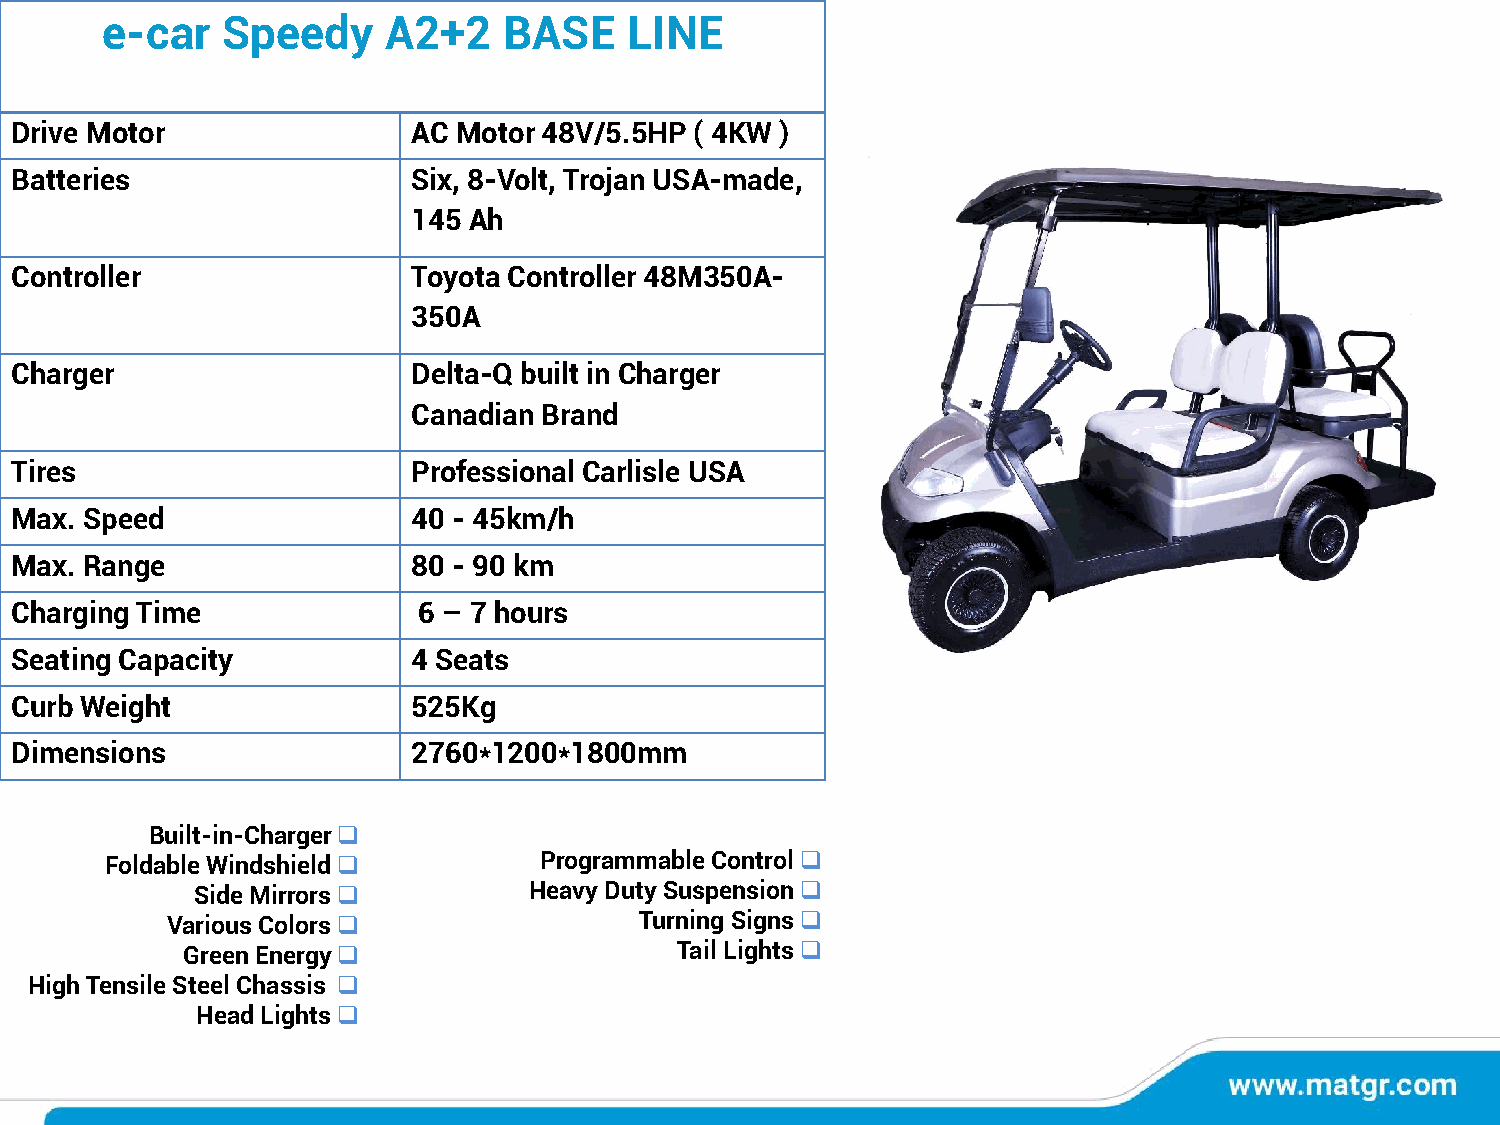
e-car   Speedy    A2+2    BASE     LINE
 Drive Motor               AC Motor 48V/5.5HP ( 4KW )
 Batteries                 Six, 8-Volt, Trojan USA-made,
 145 Ah
 Controller                Toyota Controller 48M350A-
 350A
 Charger                   Delta-Q built in Charger
 Canadian Brand
 Tires                     Professional Carlisle USA
 Max. Speed                40 - 45km/h
 Max. Range                80 - 90 km
 Charging Time              6 – 7 hours
 Seating Capacity          4 Seats
 Curb Weight               525Kg
 Dimensions                2760*1200*1800mm
 Built-in-Charger❑
 Foldable Windshield❑         Programmable Control❑
 Side Mirrors❑         Heavy Duty Suspension❑
 Various Colors❑                Turning Signs❑
 Green Energy❑                    Tail Lights❑
 High Tensile Steel Chassis ❑
 Head Lights❑